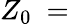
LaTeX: Z_{0}~=